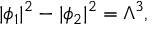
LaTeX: | \phi _ { 1 } | ^ { 2 } - | \phi _ { 2 } | ^ { 2 } = \Lambda ^ { 3 } , \qquad